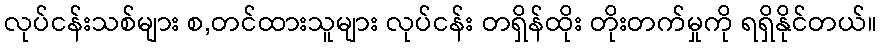
လုပ်ငန်းသစ်များ စ,တင်ထားသူများ လုပ်ငန်း တရှိန်ထိုး တိုးတက်မှုကို ရရှိနိုင်တယ်။